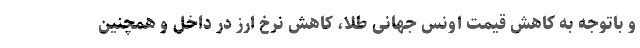
و باتوجه به کاهش قیمت اونس جهانی طلا، کاهش نرخ ارز در داخل و همچنین